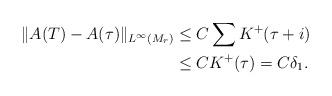
LaTeX: \begin{align*}\|A(T) - A(\tau)\|_{L^\infty(M_r)} & \leq C \sum K^+(\tau + i) \\& \leq C K^+(\tau) = C \delta_1.\end{align*}